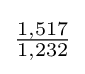
{\tfrac {1,517}{1,232}}